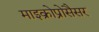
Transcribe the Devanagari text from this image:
माइक्रोप्रोसैसर